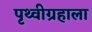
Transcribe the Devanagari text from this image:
पृथ्वीग्रहाला